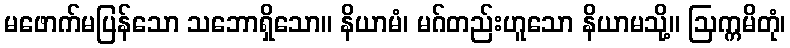
မဖောက်မပြန်သော သဘောရှိသော။ နိယာမံ၊ မဂ်တည်းဟူသော နိယာမသို့။ ဩက္ကမိတုံ၊